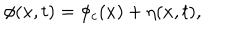
\phi ( x , t ) = \phi _ { c } ( x ) + \eta ( x , t ) ,